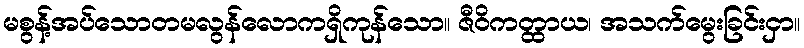
မစွန့်အပ်သောတမလွန်လောကရှိကုန်သော။ ဇီဝိကတ္ထာယ၊ အသက်မွေးခြင်းငှာ။